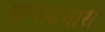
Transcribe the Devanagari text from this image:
अाषाढमास